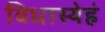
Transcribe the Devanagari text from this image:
विधास्येहं